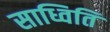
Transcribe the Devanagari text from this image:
साध्विति